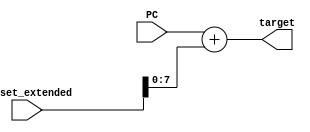
`timescale 1ns / 1ps
//////////////////////////////////////////////////////////////////////////////////
// Company: 
// Engineer: 
// 
// Design Name: 
// Module Name: Branch_Target_Calculator
// Project Name: 
// Target Devices: 
// Tool Versions: 
// Description: 
// 
// Dependencies: 
// 
// Revision:
// Revision 0.01 - File Created
// Additional Comments:
// 
//////////////////////////////////////////////////////////////////////////////////


module Branch_Target_Calculator(
                                    input [7:0] PC,
                                    input [31:0] offset_extended, 
                                    output [7:0] target
                                );
    
    
                                
    assign target = PC + offset_extended;            
              
endmodule